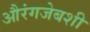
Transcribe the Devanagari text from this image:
औरंगजेबशी